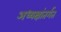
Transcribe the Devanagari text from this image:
अध्यक्षांतर्गत